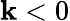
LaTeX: \mathbf{k}<0